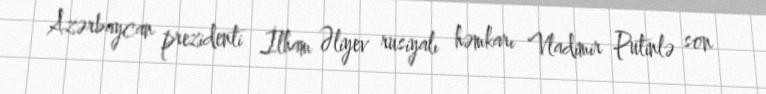
Azərbaycan prezidenti İlham Əliyev rusiyalı həmkarı Vladimir Putinlə son